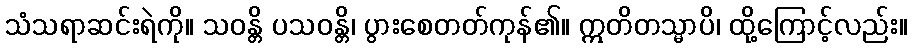
သံသရာဆင်းရဲကို။ သဝန္တိ ပသဝန္တိ၊ ပွားစေတတ်ကုန်၏။ ဣတိတသ္မာပိ၊ ထို့ကြောင့်လည်း။